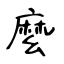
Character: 麼